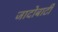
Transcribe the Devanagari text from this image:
जादोबाटी